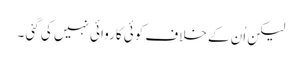
لیکن اُن کے خلاف کوئی کاروائی نہیں کی گئی ۔